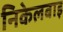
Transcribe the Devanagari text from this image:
निकेलबाइ